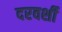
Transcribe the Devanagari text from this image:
दरवर्शी